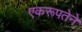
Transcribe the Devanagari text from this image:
एकरूपतेने